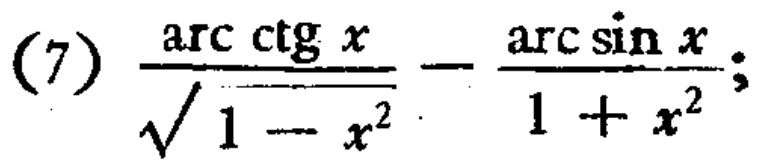
(7) \(\frac{\text{arc ctg }x}{\sqrt{1 - x^{2}}} - \frac{\text{arc sin }x}{1 + x^{2}}\)